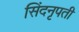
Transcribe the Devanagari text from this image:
सिंदनृपती